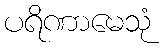
ပရိဏာမေသုံ